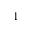
1